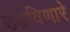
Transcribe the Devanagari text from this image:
उठविणारे